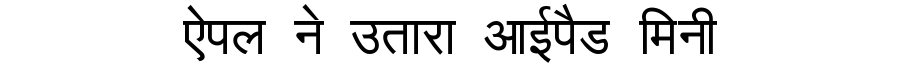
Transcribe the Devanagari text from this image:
ऐपल ने उतारा आईपैड मिनी